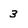
Character: 3